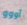
أووو